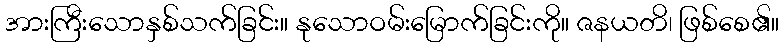
အားကြီးသောနှစ်သက်ခြင်း။ နုသောဝမ်းမြောက်ခြင်းကို။ ဇနယတိ၊ ဖြစ်စေ၏။